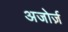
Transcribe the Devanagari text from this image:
अजोर्ज़